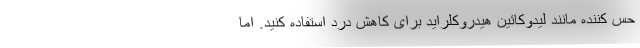
حس کننده مانند لیدوکائین هیدروکلراید برای کاهش درد استفاده کنید. اما